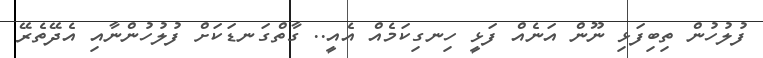
ފުލުހުން ތިބިފަޅި ނޫން އަނެއް ފަޅީ ހިނގިކަމެއް އެއީ.. ގާތްގަނޑަކަށް ފުލުހުންނާއި އެދޭތެރޭ